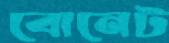
বোনেট